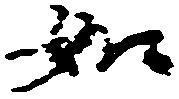
如